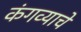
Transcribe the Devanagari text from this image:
कंगव्याचे